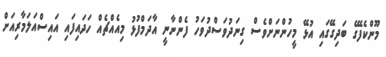
މޫންކެފޭގެ ބަދިގޭގައި އުޅޭ މީހުންނަށްވެސް ގިނަދުވަސްދުވަހު ފެންނާނީ އާދަމްފުޅު މިއެއްޗެއް ހަދައިފައި އައިސްއަލަމާރިއަށް